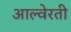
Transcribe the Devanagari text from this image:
आल्वेरती